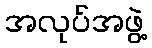
အလုပ်အဖွဲ့